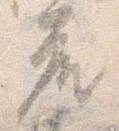
座